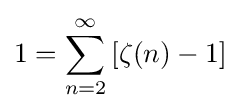
1=\sum _{n=2}^{\infty }\left[\zeta (n)-1\right]